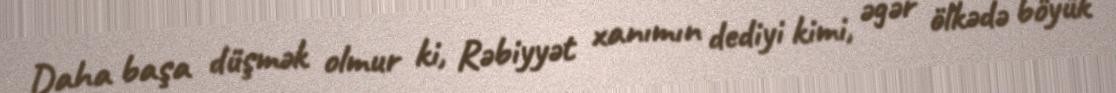
Daha başa düşmək olmur ki, Rəbiyyət xanımın dediyi kimi, əgər ölkədə böyük